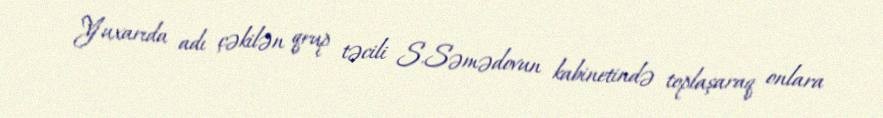
Yuxarıda adı çəkilən qrup təcili S.Səmədovun kabinetində toplaşaraq onlara